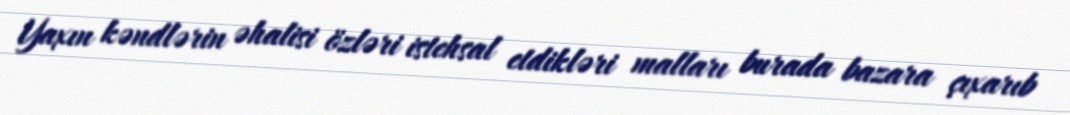
Yaxın kəndlərin əhalisi özləri istehsal etdikləri malları burada bazara çıxarıb